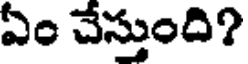
ఏం చేస్తుంది?